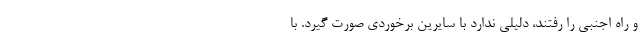
و راه اجنبی را رفتند، دلیلی ندارد با سایرین برخوردی صورت گیرد. با